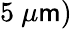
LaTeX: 5~\mu\mathsf{m})